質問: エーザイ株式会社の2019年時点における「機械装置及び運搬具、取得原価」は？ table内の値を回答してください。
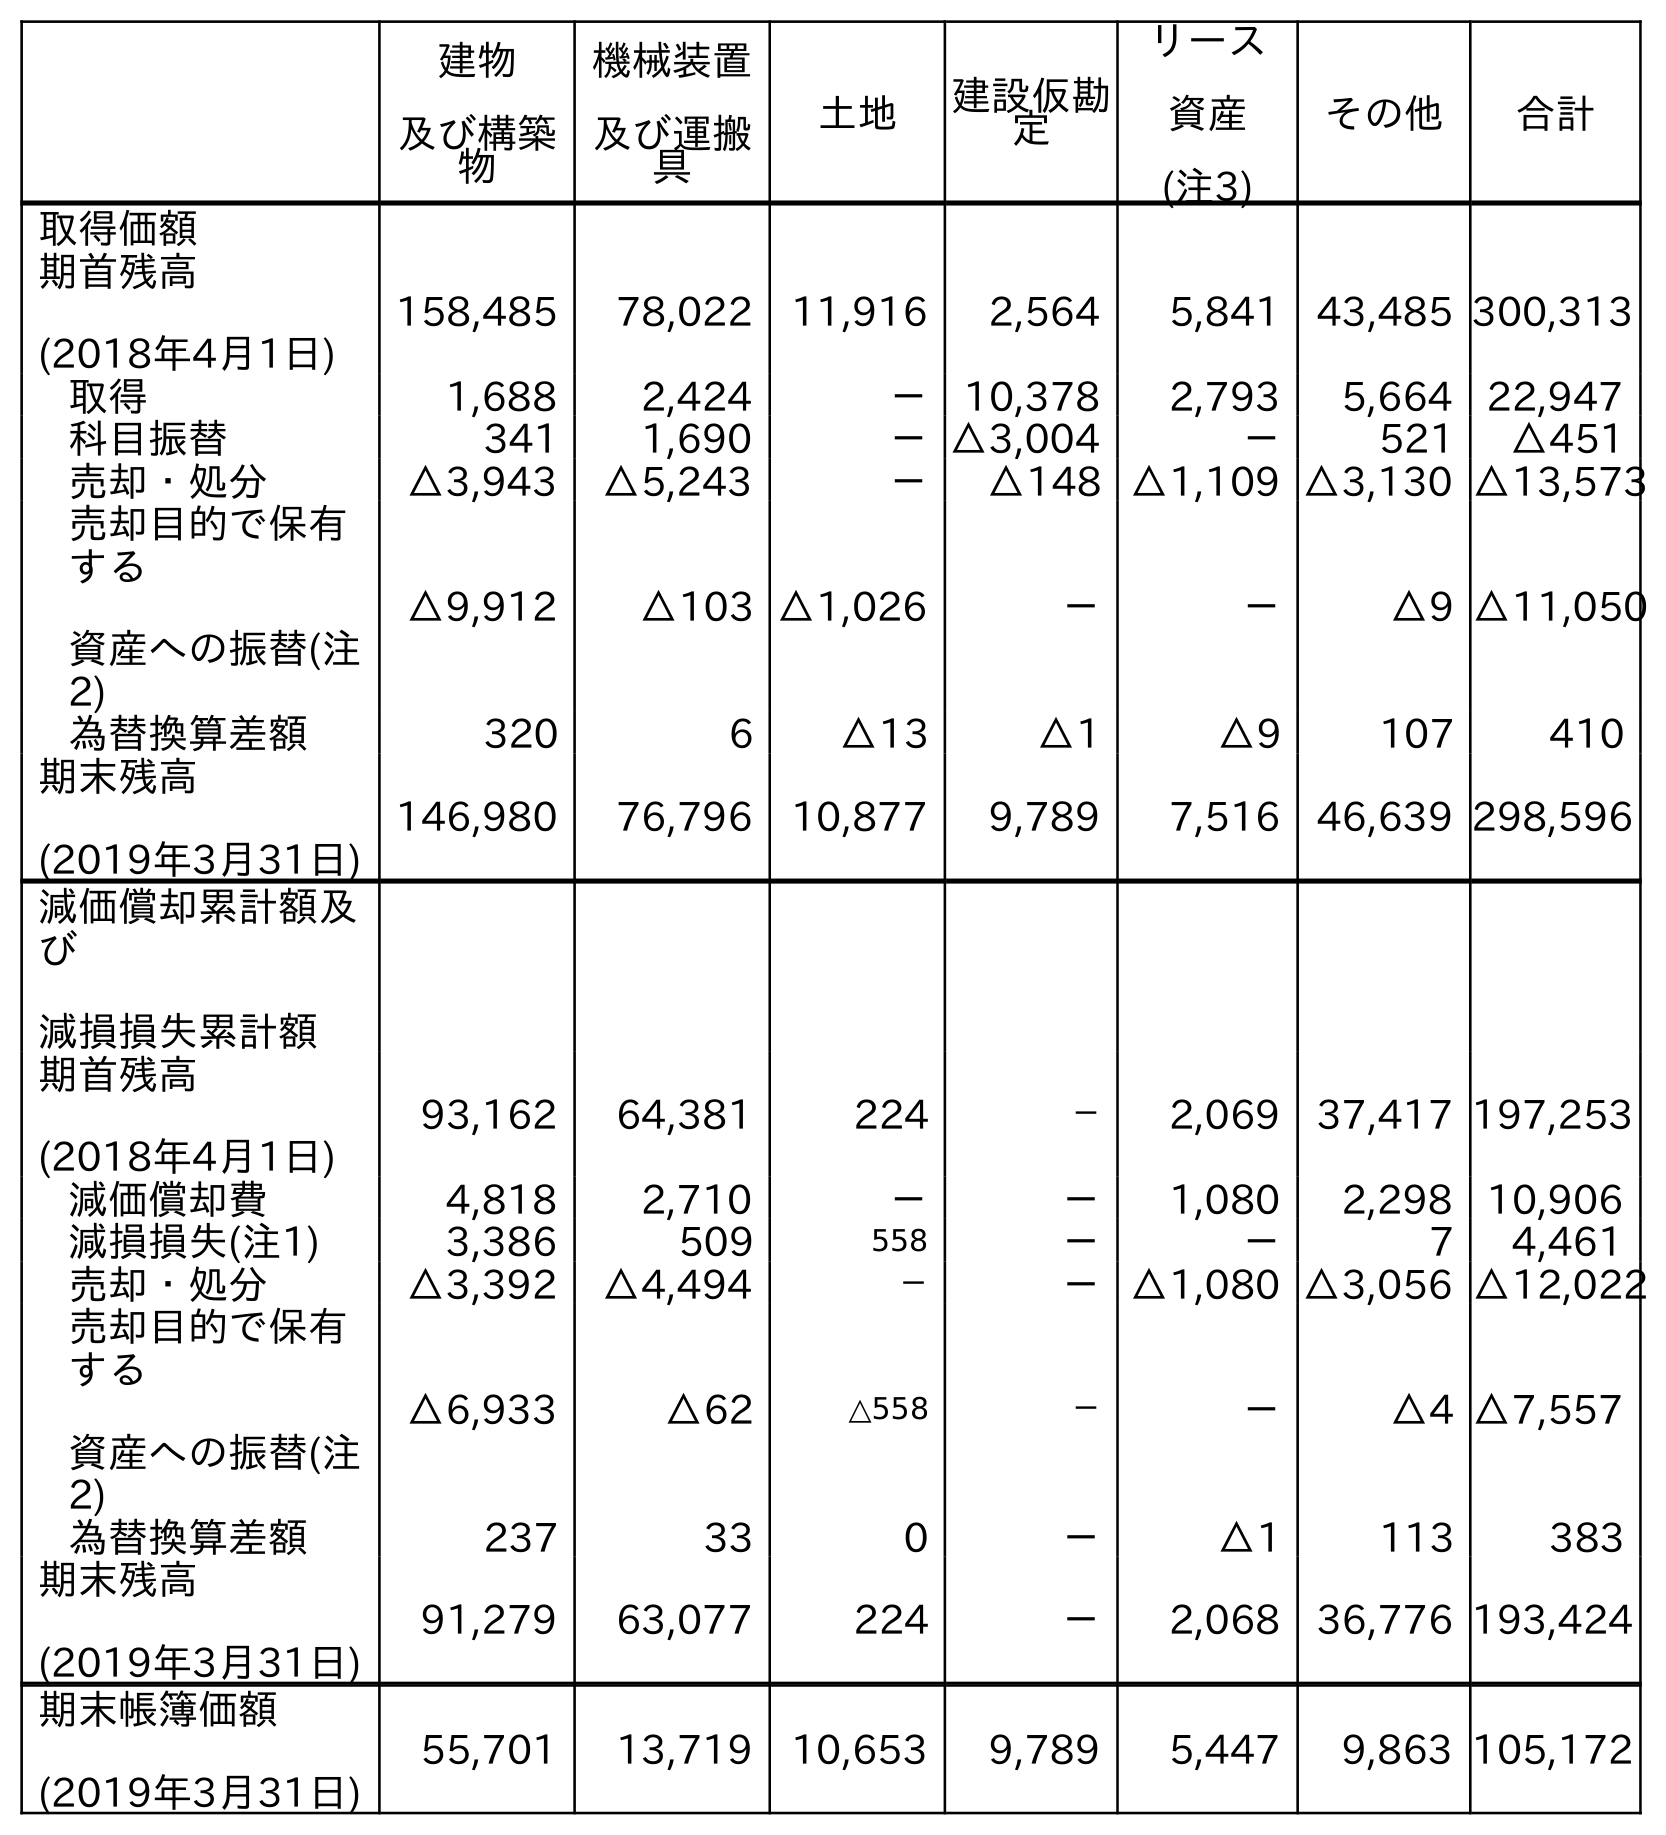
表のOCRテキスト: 建物 及び構築 物 機械装置 及び運搬 具 土地 建設仮勘 定 リース 資産 (注3) その他 合計 取得価額 期首残高 (2018年4月1日) 158,485 78,022 11,916 2,564 5,841 43,485 300,313 取得 1,688 2,424 － 10,378 2,793 5,664 22,947 科目振替 341 1,690 －△3,004 － 521 △451 売却・処分 △3,943 △5,243 － △148 △1,109 △3,130 △13,573 売却目的で保有 する 資産への振替(注 2) △9,912 △103 △1,026 － － △9 △11,050 為替換算差額 320 6 △13 △1 △9 107 410 期末残高 (2019年3月31日) 146,980 76,796 10,877 9,789 7,516 46,639 298,596 減価償却累計額及 び 減損損失累計額 期首残高 (2018年4月1日) 93,162 64,381 224 － 2,069 37,417 197,253 減価償却費 4,818 2,710 － － 1,080 2,298 10,906 減損損失(注1) 3,386 509 558 － － 7 4,461 売却・処分 △3,392 △4,494 － －△1,080 △3,056 △12,022 売却目的で保有 する 資産への振替(注 2) △6,933 △62 △558 － － △4 △7,557 為替換算差額 237 33 0 － △1 113 383 期末残高 (2019年3月31日) 91,279 63,077 224 － 2,068 36,776 193,424 期末帳簿価額 (2019年3月31日) 55,701 13,719 10,653 9,789 5,447 9,863 105,172
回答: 76,796